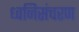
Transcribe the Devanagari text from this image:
ध्वनिसंचरण